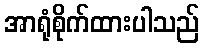
အာရုံစိုက်ထားပါသည်